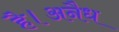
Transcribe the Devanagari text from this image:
है।अनैध